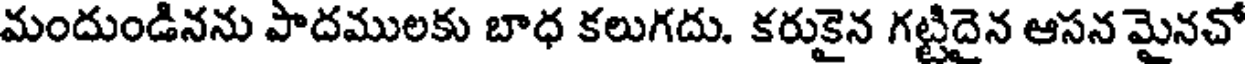
మందుండినను పాదములకు బాధ కలుగదు. కరుకైన గట్టిదైన ఆసన మైనచో